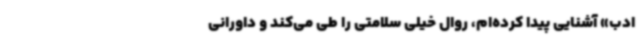
ادب» آشنایی پیدا کرده‌ام، روال خیلی سلامتی را طی می‌کند و داورانی